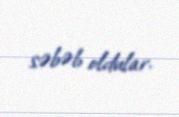
səbəb oldular.